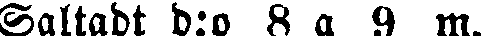
Saltadt d:o 8 a 9 m.